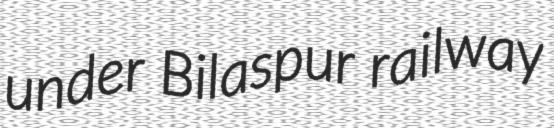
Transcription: under Bilaspur railway